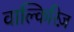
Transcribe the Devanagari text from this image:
वाल्किरिज़